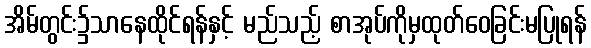
အိမ်တွင်း၌သာနေထိုင်ရန်နှင့် မည်သည့် စာအုပ်ကိုမှထုတ်ဝေခြင်းမပြုရန်